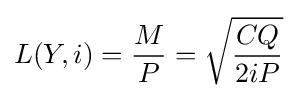
L(Y,i)={\frac {M}{P}}={\sqrt {\frac {CQ}{2iP}}}